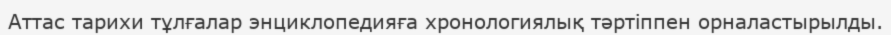
Аттас тарихи тұлғалар энциклопедияға хронологиялық тәртіппен орналастырылды.